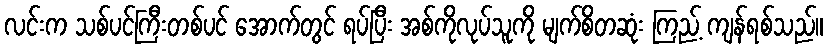
လင်းက သစ်ပင်ကြီးတစ်ပင် အောက်တွင် ရပ်ပြီး အစ်ကိုလုပ်သူကို မျက်စိတဆုံး ကြည့် ကျန်ရစ်သည်။